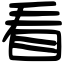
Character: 看